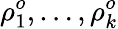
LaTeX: \rho_{1}^{o},\ldots,\rho_{k}^{o}